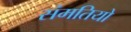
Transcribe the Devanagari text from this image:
संमतियो